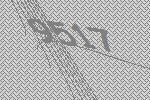
9517